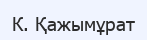
К. Қажымұрат